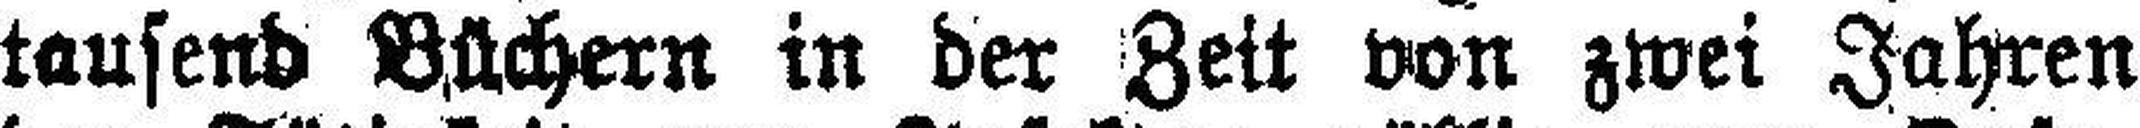
tausend Büchern in der Zeit von zwei Jahren